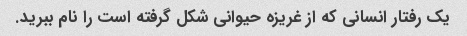
یک رفتار انسانی که از غریزه حیوانی شکل گرفته است را نام ببرید.